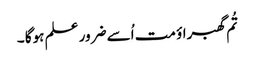
تُم گھبراؤ مت اُسے ضرور علم ہوگا ۔